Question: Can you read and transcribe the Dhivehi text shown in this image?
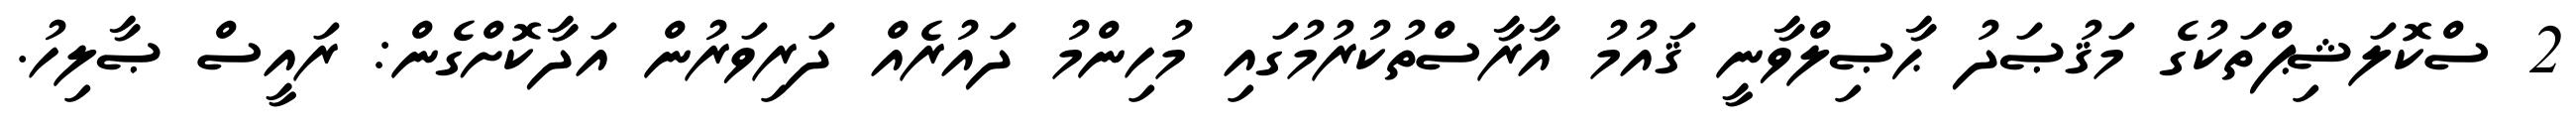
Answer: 2 ސްކޮލަޝިޕްތަކުގެ މަޤުޞަދު ޙާޞިލްވާނީ ޤައުމު އާރާސްތުކުރުމުގައި މުހިންމު ދައުރެއް ދަރިވަރުން އަދާކޮށްގެން: ރައީސް ޞާލިހު.